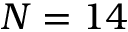
N = 1 4